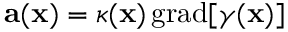
\mathbf { a } ( \mathbf { x } ) = \kappa ( \mathbf { x } ) \, \mathrm { g r a d } [ \gamma ( \mathbf { x } ) ]